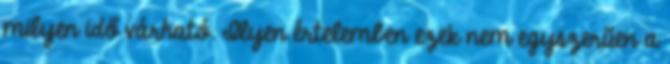
milyen idő várható. Ilyen értelemben ezek nem egyszerűen a